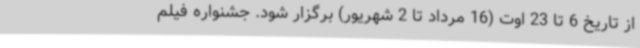
از تاریخ 6 تا 23 اوت (16 مرداد تا 2 شهریور) برگزار شود. جشنواره فیلم